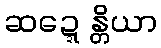
ဆဍ္ဍေန္တိယာ